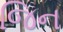
જિન